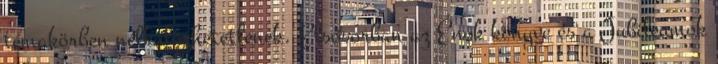
témakörben nélkülözhetetlenek. Elsősorban az Énok könyve és a Jubileumok